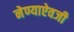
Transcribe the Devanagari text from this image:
नेण्याऐवजी